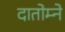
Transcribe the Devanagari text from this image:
दातोम्ने